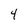
Character: 4